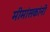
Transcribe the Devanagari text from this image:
मीमांसकांनी